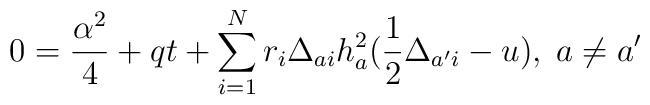
0={\alpha^2\over4}+qt+\sum_{i=1}^Nr_i\Delta_{ai}h_{a}^2({1\over2}\Delta_{a'i}-u),\;a\not=a'